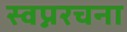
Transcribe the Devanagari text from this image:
स्वप्नरचना